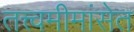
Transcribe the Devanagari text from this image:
तत्त्वमीमांसेत